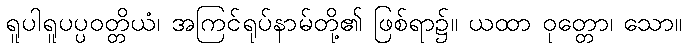
ရူပါရူပပ္ပဝတ္တိယံ၊ အကြင်ရုပ်နာမ်တို့၏ ဖြစ်ရာ၌။ ယထာ ဝုတ္တော၊ သော။